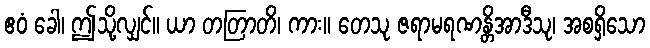
ဧဝံ ခေါ၊ ဤသို့လျှင်။ ယာ တတြာတိ၊ ကား။ တေသု ဇရာမရဏန္တိအာဒီသု၊ အစရှိသော